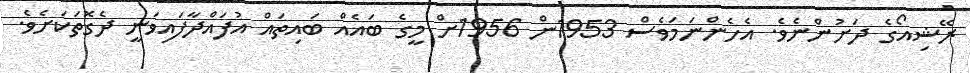
ރޭޝިއޯގެ ދަށުންނެވެ. އެހެންނަމަވެސް 1953ން 1956ށް މީގެ ބައެއް ބައިތައް އުފައްދާފައިވަނީ ދެގޮތަކަށެވެ.